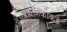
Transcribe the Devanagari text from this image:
प्रकाशकाकडे